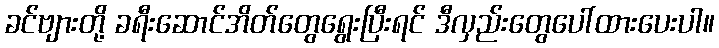
ခင်ဗျားတို့ ခရီးဆောင်အိတ်တွေရွေးပြီးရင် ဒီလှည်းတွေပေါ်ထားပေးပါ။